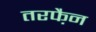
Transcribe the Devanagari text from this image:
तरफै़न